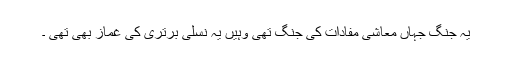
یہ جنگ جہاں معاشی مفادات کی جنگ تھی وہیں یہ نسلی برتری کی غماز بھی تھی ۔